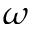
\omega